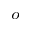
^ o